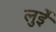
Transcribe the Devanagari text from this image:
लुईे